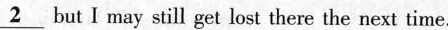
\underline{2} but I may still get lost there the next time.